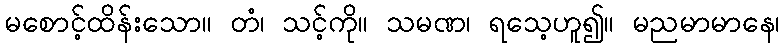
မစောင့်ထိန်းသော။ တံ၊ သင့်ကို။ သမဏ၊ ရသေ့ဟူ၍။ မညမာမာနေ၊